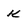
Character: K